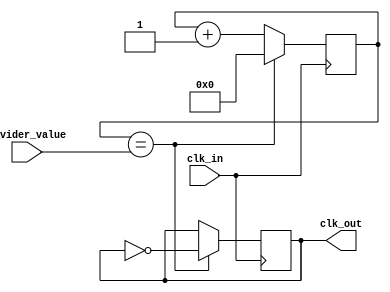
module clock_divider (
  input wire clk_in,
  input wire [7:0] divider_value,
  output reg clk_out
);

reg [7:0] counter;

always @(posedge clk_in) begin
  if (counter == divider_value) begin
    clk_out <= ~clk_out;
    counter <= 0;
  end else begin
    counter <= counter + 1;
  end
end

endmodule